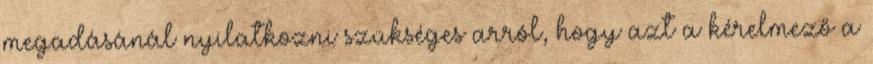
megadásánál nyilatkozni szükséges arról, hogy azt a kérelmező a